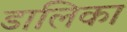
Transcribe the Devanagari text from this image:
डालिका